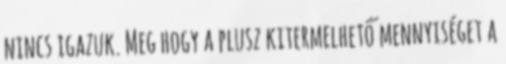
nincs igazuk. Meg hogy a plusz kitermelhető mennyiséget a